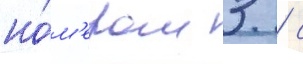
но́м'ером 3 / с